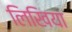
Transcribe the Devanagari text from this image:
लिखिया